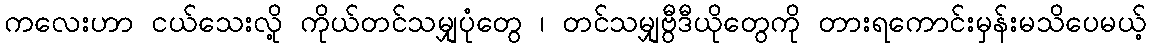
ကလေးဟာ ငယ်သေးလို့ ကိုယ်တင်သမျှပုံတွေ ၊ တင်သမျှဗွီဒီယိုတွေကို တားရကောင်းမှန်းမသိပေမယ့်